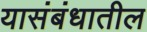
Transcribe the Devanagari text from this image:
यासंबंधातील